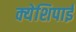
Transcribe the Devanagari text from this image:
क्येशिपाई